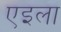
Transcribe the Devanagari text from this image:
एइला